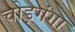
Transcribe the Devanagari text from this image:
चोड़गंगा